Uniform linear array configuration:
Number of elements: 4
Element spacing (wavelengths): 0.25
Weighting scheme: cosine
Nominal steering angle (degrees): -60
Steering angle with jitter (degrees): -59.955
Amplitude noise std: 0.05
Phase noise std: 0.05

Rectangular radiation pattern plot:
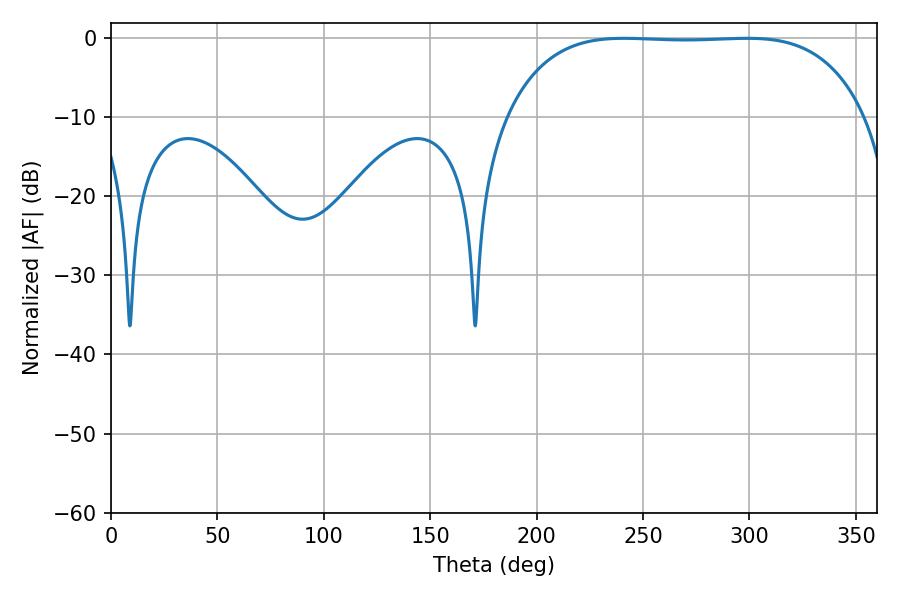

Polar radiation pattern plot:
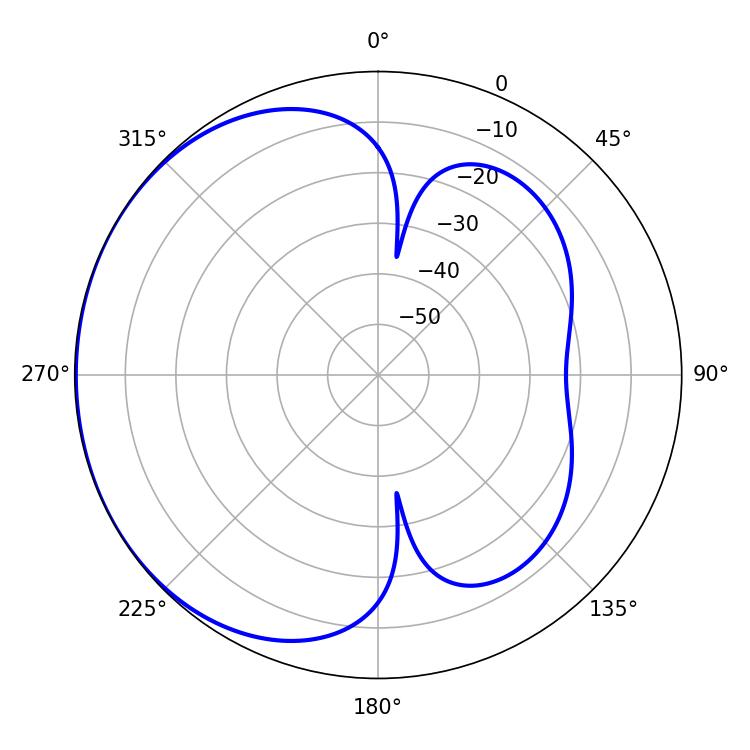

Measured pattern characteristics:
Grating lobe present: FALSE
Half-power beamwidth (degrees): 131.04
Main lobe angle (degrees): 241.02